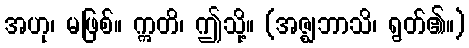
အဟု၊ မဖြစ်။ ဣတိ၊ ဤသို့။ (အဇ္ဈဘာသိ၊ ရွတ်၏။)